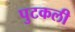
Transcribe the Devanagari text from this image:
पुटकली